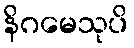
နိဂမေသုပိ